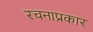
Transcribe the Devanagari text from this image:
रचनाप्रकार